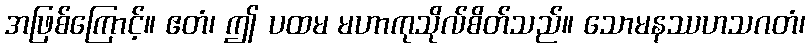
အဖြစ်ကြောင့်။ ဧတံ၊ ဤ ပထမ မဟာကုသိုလ်စိတ်သည်။ သောမနဿဟသဂတံ၊